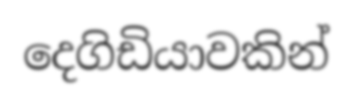
දෙගිඩියාවකින්